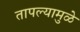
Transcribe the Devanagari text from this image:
तापल्यामुळे